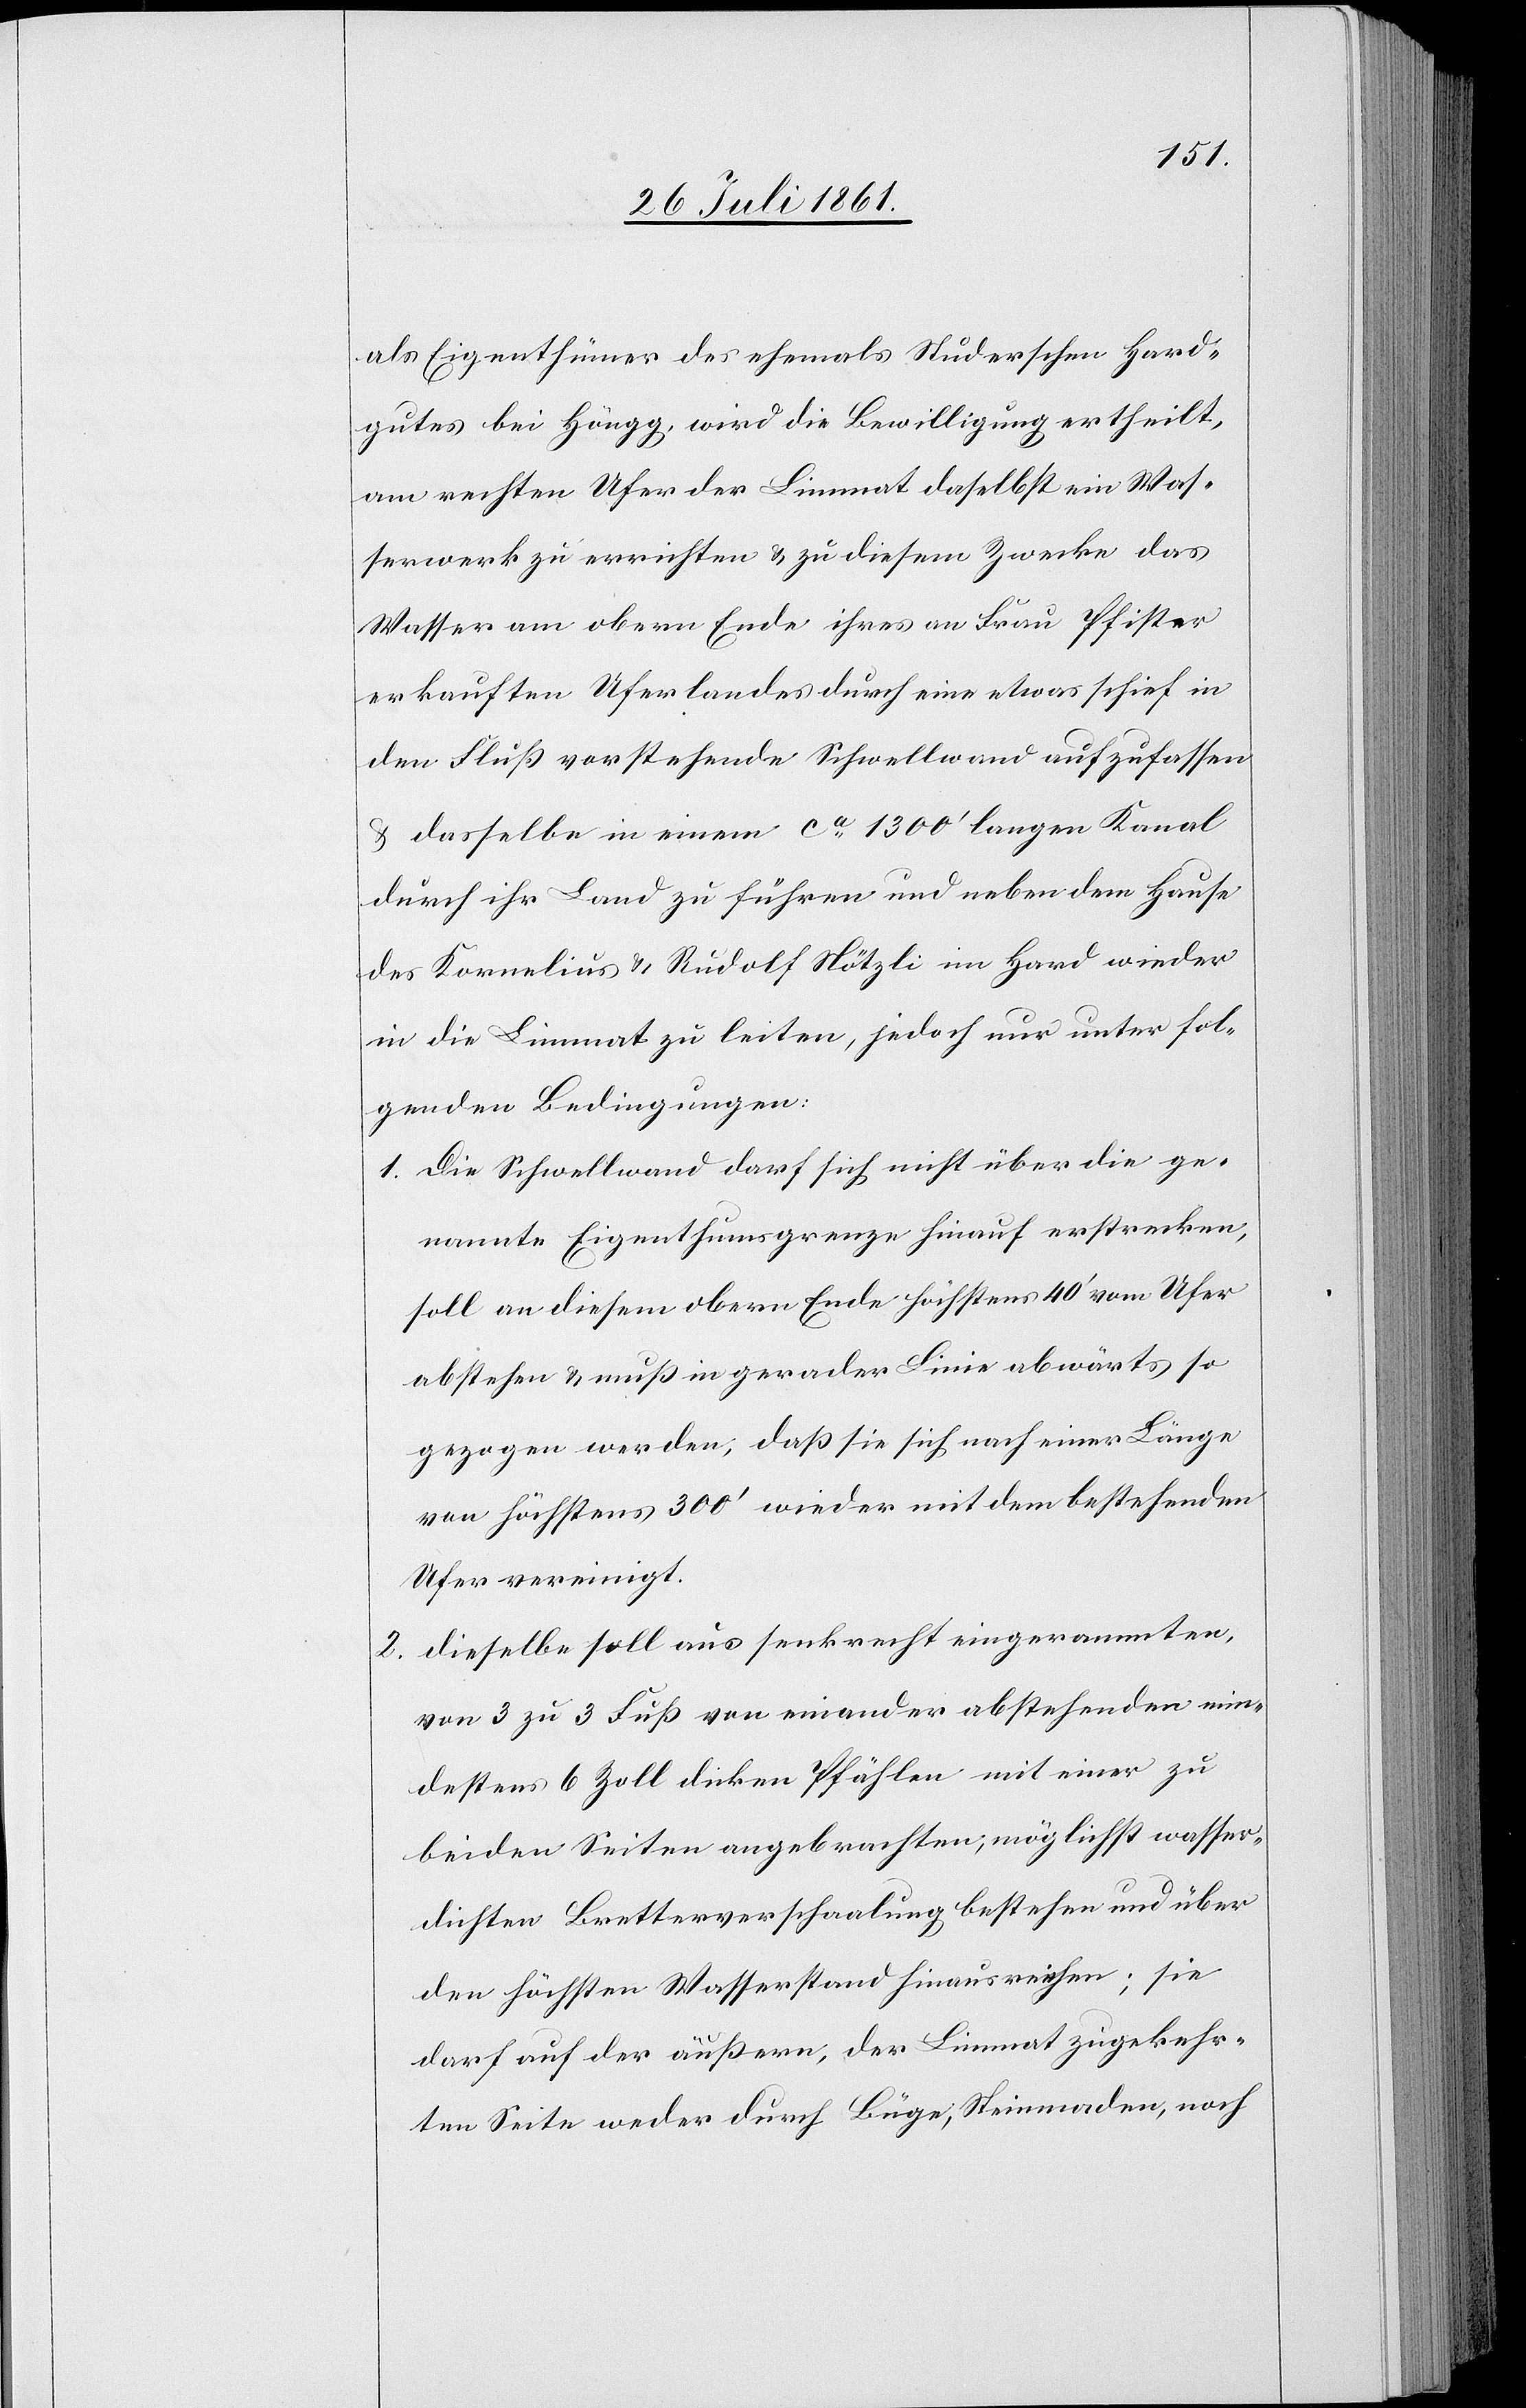
als Eigenthümer des ehemals Studerschen Hard¬
gutes bei Höngg, wird die Bewilligung ertheilt,
am rechten Ufer der Limmat daselbst ein Was¬
serwerk zu errichten u. zu diesem Zwecke das
Wasser am obern Ende ihres an Frau Pfister
erkauften Uferlandes [sic!] durch eine etwas schief in
den Fluß vorstehende Schwellwand aufzufassen
u. dasselbe in einem ca 1300’ langen Kanal
durch ihr Land zu führen und neben dem Hause
des Kornelius u. Rudolf Nötzli im Hard wieder
in die Limmat zu leiten, jedoch nur unter fol¬
genden Bedingungen:
1. Die Schwellwand darf sich nicht über die ge¬
nannte Eigenthumsgrenze hinauf erstrecken,
soll an diesem obern Ende höchstens 40’ vom Ufer
abstehen u. muß in gerader Linie abwärts so
gezogen werden, daß sie sich nach einer Länge
von höchstens 300’ wieder mit dem bestehenden
Ufer vereinigt.
2. dieselbe soll aus senkrecht eingerammten,
von 3 zu 3 Fuß von einander abstehenden min¬
destens 6 Zoll dicken Pfählen mit einer zu
beiden Seiten angebrachten, möglichst wasser¬
dichten Bretterverschalung bestehen und über
den höchsten Wasserstand hinausreichen; sie
darf auf der äußern, der Limmat zugekehr¬
ten Seite weder durch Büge, Steinmaden, noch